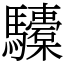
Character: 𩧐